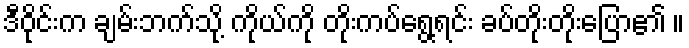
ဒီဝိုင်းက ချမ်းဘက်သို့ ကိုယ်ကို တိုးကပ်ရွေ့ရင်း ခပ်တိုးတိုးပြော၏ ။